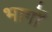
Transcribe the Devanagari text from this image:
भार्गों